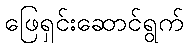
ဖြေရှင်းဆောင်ရွက်